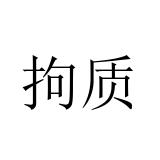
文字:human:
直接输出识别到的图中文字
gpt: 拘质